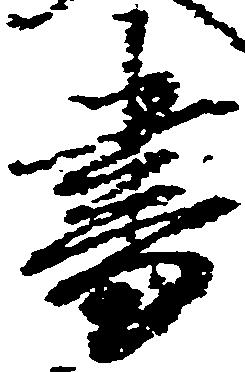
書